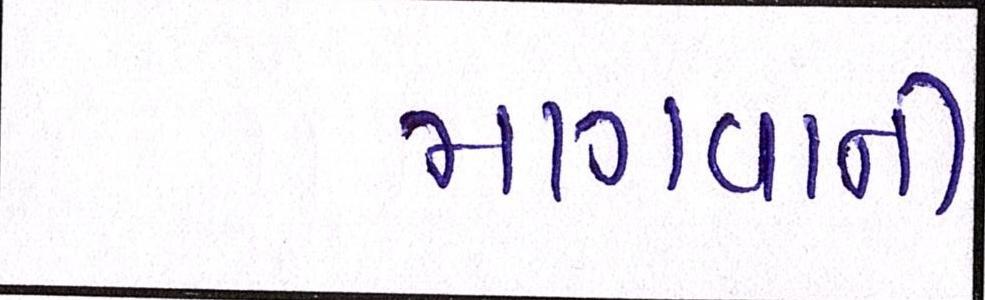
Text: માગવાની